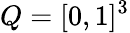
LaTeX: Q=[0,1]^{3}